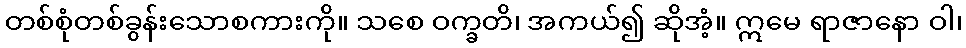
တစ်စုံတစ်ခွန်းသောစကားကို။ သစေ ဝက္ခတိ၊ အကယ်၍ ဆိုအံ့။ ဣမေ ရာဇာနော ဝါ၊